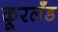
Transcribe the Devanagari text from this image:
कूरलँड